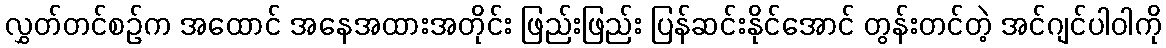
လွှတ်တင်စဉ်က အထောင် အနေအထားအတိုင်း ဖြည်းဖြည်း ပြန်ဆင်းနိုင်အောင် တွန်းတင်တဲ့ အင်ဂျင်ပါဝါကို